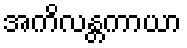
အကိလန္တကာယာ